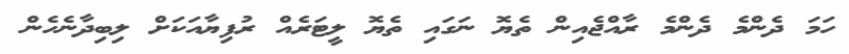
ހަމަ ދެންމެ ދެންމެ ރާއްޖެއިން ތެޔޮ ނަގައި ތެޔޮ ލީޓަރެއް ރުފިޔާއަކަށް ލިބިދާނެހެން